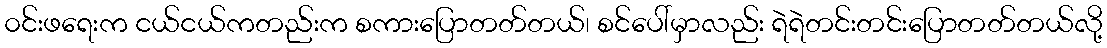
၀င်းဖရေးက ငယ်ငယ်ကတည်းက စကားပြောတတ်တယ်၊ စင်ပေါ်မှာလည်း ရဲရဲတင်းတင်းပြောတတ်တယ်လို့